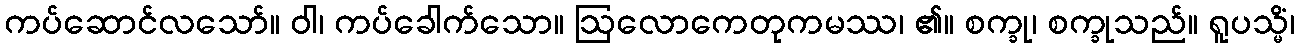
ကပ်ဆောင်လသော်။ ဝါ၊ ကပ်ခေါက်သော။ ဩလောကေတုကမဿ၊ ၏။ စက္ခု၊ စက္ခုသည်။ ရူပသ္မိံ၊